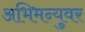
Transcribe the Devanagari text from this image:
अभिमन्युवर